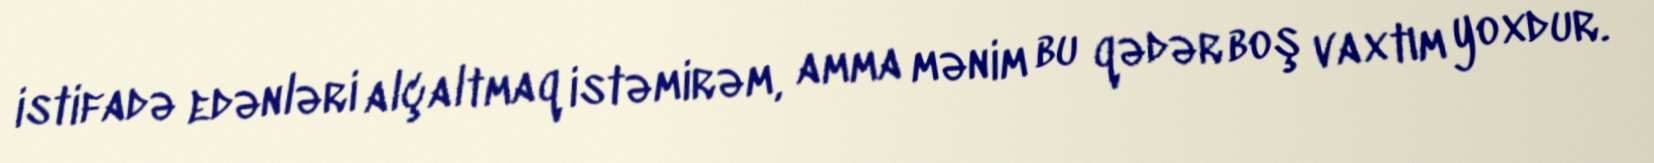
istifadə edənləri alçaltmaq istəmirəm, amma mənim bu qədər boş vaxtım yoxdur.